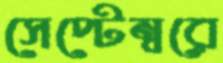
সেপ্টেম্বরে